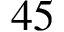
4 5